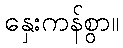
နှေးကန်စွာ။